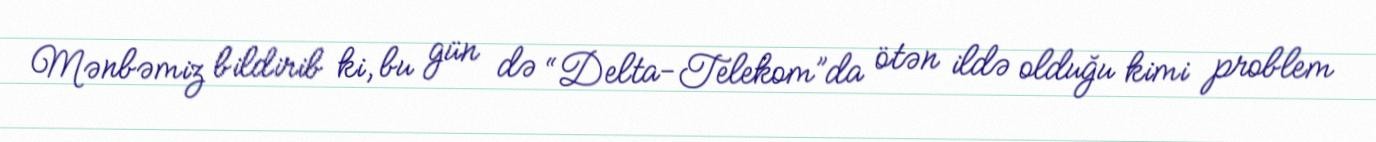
Mənbəmiz bildirib ki, bu gün də “Delta-Telekom”da ötən ildə olduğu kimi problem